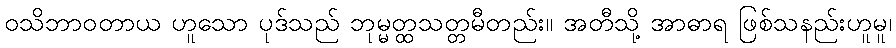
ဝသိဘာဝတာယ ဟူသော ပုဒ်သည် ဘုမ္မတ္ထသတ္တမီတည်း။ အတီသို့ အာဓာရ ဖြစ်သနည်းဟူမူ၊